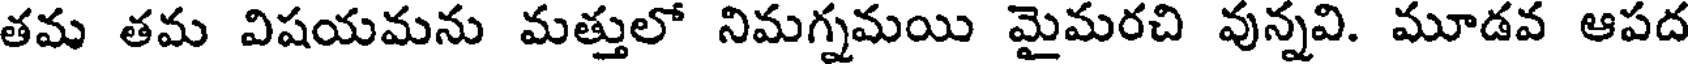
తమ తమ విషయమను మత్తులో నిమగ్నమయి మైమరచి వున్నవి. మూడవ ఆపద